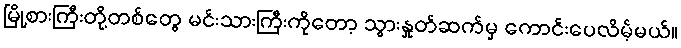
မြို့စားကြီးတို့တစ်တွေ မင်းသားကြီးကိုတော့ သွားနှုတ်ဆက်မှ ကောင်းပေလိမ့်မယ်။